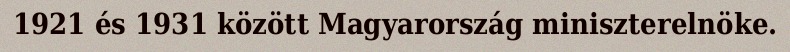
1921 és 1931 között Magyarország miniszterelnöke.